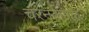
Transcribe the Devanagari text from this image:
चरनकमळ